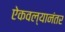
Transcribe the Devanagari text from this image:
ऐकवल्यानंतर